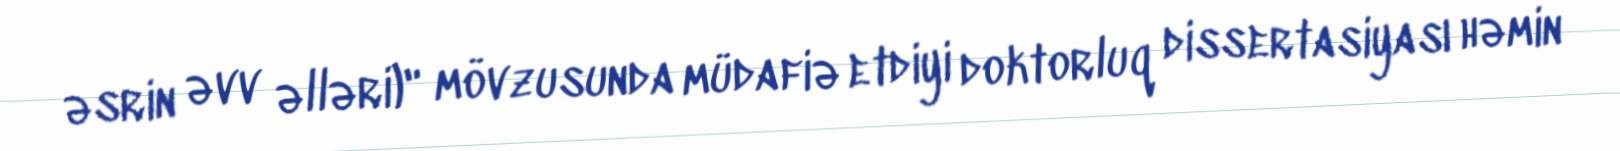
əsrin əvv əlləri)" mövzusunda müdafiə etdiyi doktorluq dissertasiyası həmin